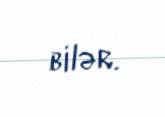
bilər.